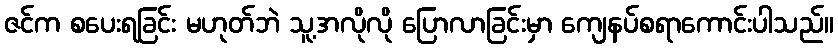
ဇင်က စပေးရခြင်း မဟုတ်ဘဲ သူ့အလိုလို ပြောလာခြင်းမှာ ကျေနပ်စရာကောင်းပါသည်။